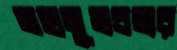
মহানুভবতার